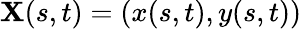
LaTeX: \mathbf{X}(s,t)=(x(s,t),y(s,t))